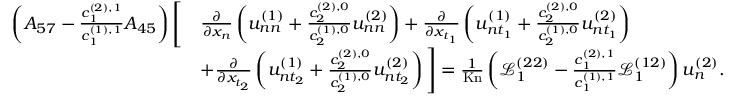
\begin{array} { r l } { \left( A _ { 5 7 } - \frac { c _ { 1 } ^ { ( 2 ) , 1 } } { c _ { 1 } ^ { ( 1 ) , 1 } } A _ { 4 5 } \right) \Bigg [ } & { \frac { \partial } { \partial x _ { n } } \left( u _ { n n } ^ { ( 1 ) } + \frac { c _ { 2 } ^ { ( 2 ) , 0 } } { c _ { 2 } ^ { ( 1 ) , 0 } } u _ { n n } ^ { ( 2 ) } \right) + \frac { \partial } { \partial x _ { t _ { 1 } } } \left( u _ { n t _ { 1 } } ^ { ( 1 ) } + \frac { c _ { 2 } ^ { ( 2 ) , 0 } } { c _ { 2 } ^ { ( 1 ) , 0 } } u _ { n t _ { 1 } } ^ { ( 2 ) } \right) } \\ & { + \frac { \partial } { \partial x _ { t _ { 2 } } } \left( u _ { n t _ { 2 } } ^ { ( 1 ) } + \frac { c _ { 2 } ^ { ( 2 ) , 0 } } { c _ { 2 } ^ { ( 1 ) , 0 } } u _ { n t _ { 2 } } ^ { ( 2 ) } \right) \Bigg ] = \frac { 1 } { \mathrm { K n } } \left( \mathscr { L } _ { 1 } ^ { ( 2 2 ) } - \frac { c _ { 1 } ^ { ( 2 ) , 1 } } { c _ { 1 } ^ { ( 1 ) , 1 } } \mathscr { L } _ { 1 } ^ { ( 1 2 ) } \right) u _ { n } ^ { ( 2 ) } . } \end{array}